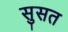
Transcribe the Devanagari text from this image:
सुसत